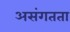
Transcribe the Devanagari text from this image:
असंगतता